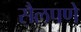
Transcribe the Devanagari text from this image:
सैलपणे